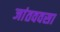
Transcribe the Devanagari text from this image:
जांतववसा